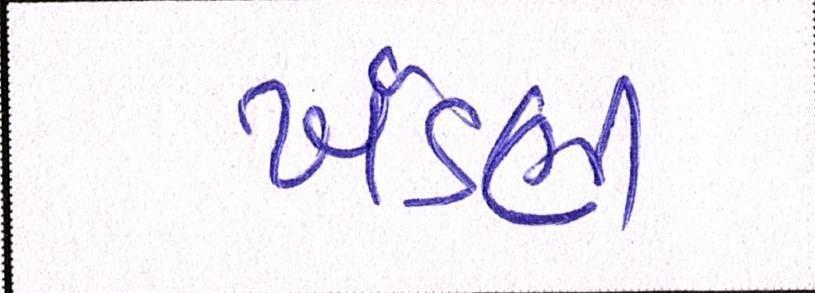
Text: ખંડણી